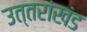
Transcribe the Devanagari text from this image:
उत्तरांखंड